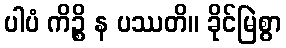
ပါပံ ကိဉ္စိ န ပဿတိ။ ခိုင်မြဲစွာ